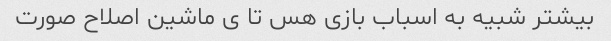
بیشتر شبیه به اسباب بازی هس تا ی ماشین اصلاح صورت